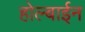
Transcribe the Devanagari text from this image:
होल्बाईन